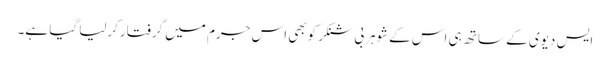
ایس دیوی کے ساتھ ہی اس کےشوہربی شنکرکوبھی اس جرم میں گرفتارکرلیا گیا ہے۔